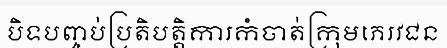
បិទបញ្ចប់ប្រតិបត្តិការកំចាត់ក្រុមភេរវជន